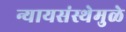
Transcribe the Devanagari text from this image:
न्यायसंस्थेमुळे